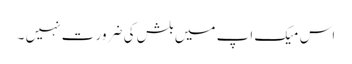
اس میک اپ میں بلش کی ضرور ت نہیں ۔